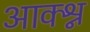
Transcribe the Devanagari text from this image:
आक्श्न